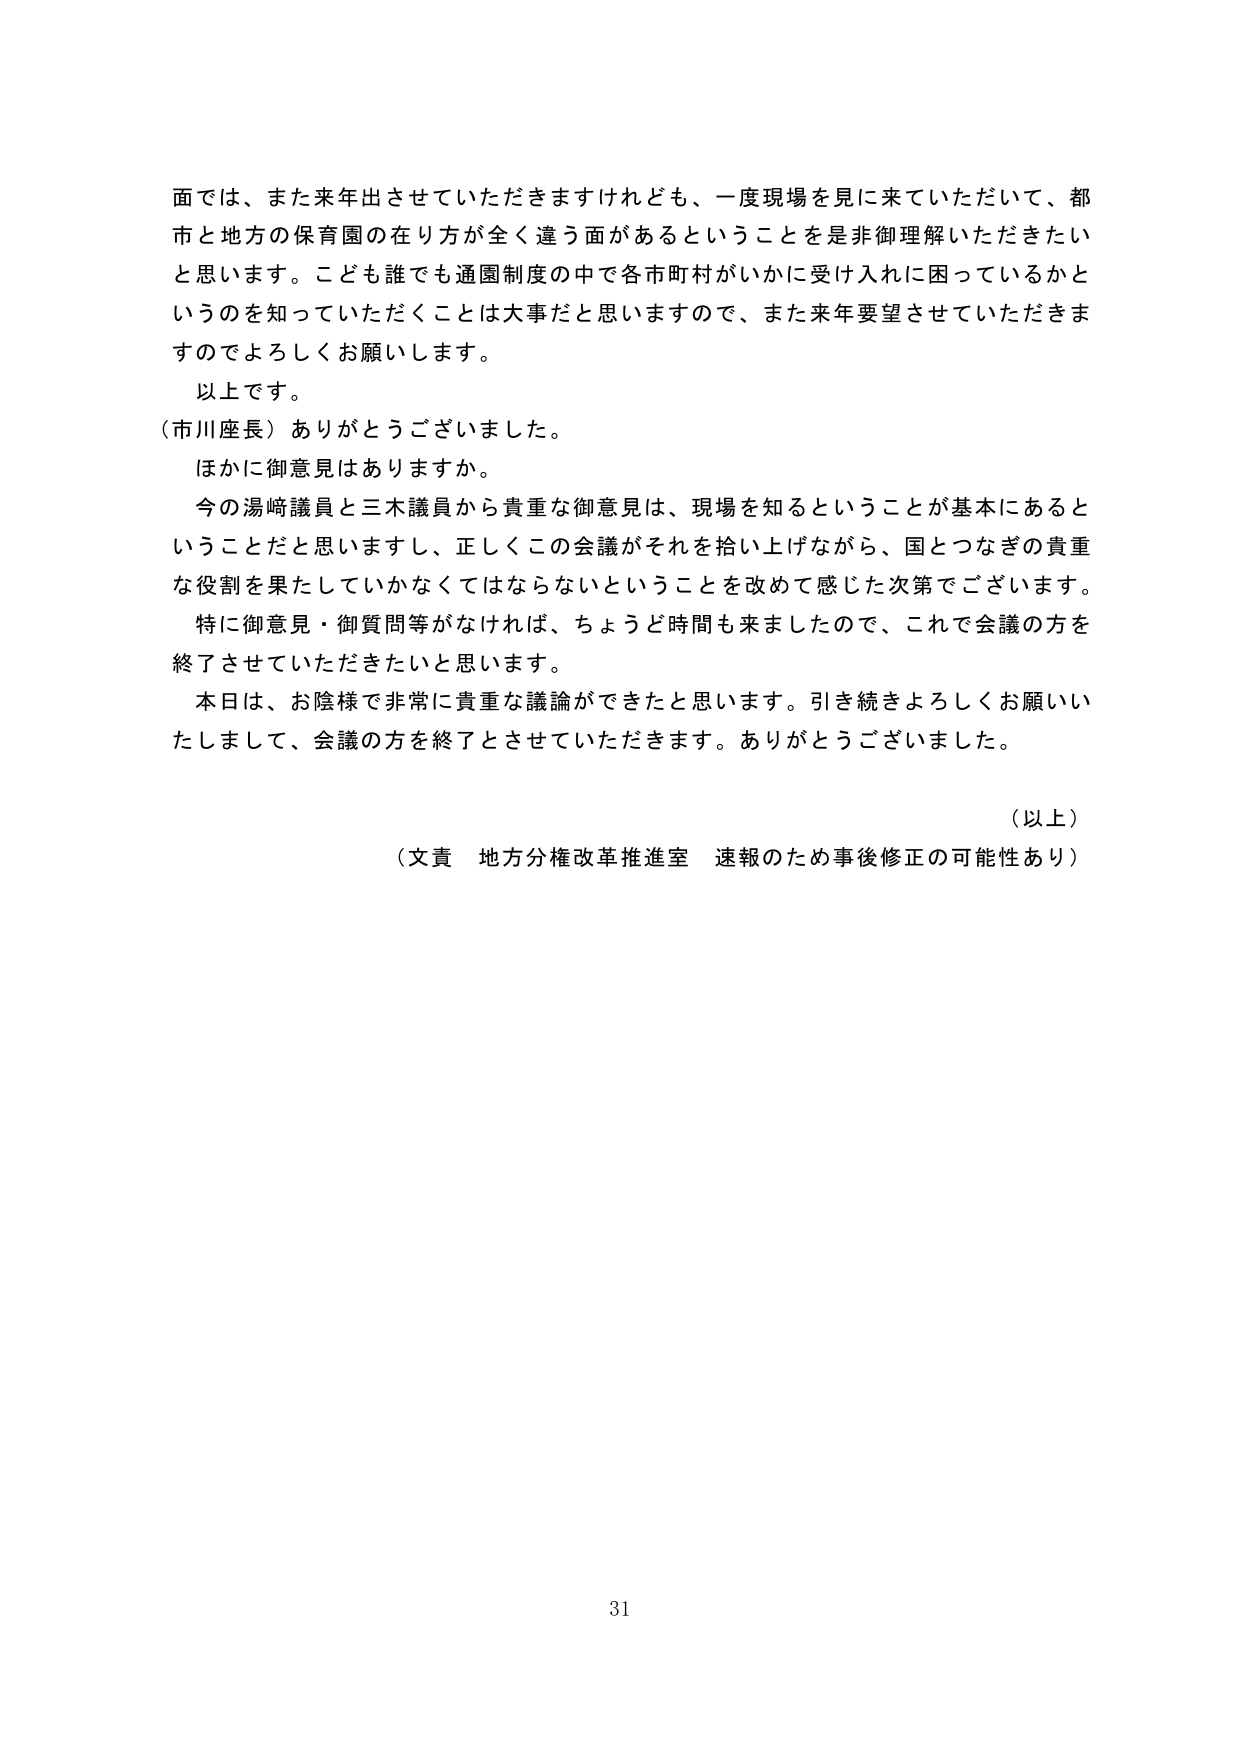
面では、また来年出させていただきますけれども、一度現場を見に来ていただいて、都市と地方の保育園の在り方が全く違う面があるということを是非御理解いただきたいと思います。こども誰でも通園制度の中で各市町村がいかに受け入れに困っているかというのを知っていただくことは大事だと思いますので、また来年要望させていただきますのでよろしくお願いします。

以上です。

（市川座長）ありがとうございました。

ほかに御意見はありますか。

今の湯崎議員と三木議員から貴重な御意見は、現場を知るということが基本にあるということだと思いますし、正しくこの会議がそれを拾い上げながら、国とつなぎの貴重な役割を果たしていかなくてはならないということを改めて感じた次第でございます。

特に御意見・御質問等がなければ、ちょうど時間も来ましたので、これで会議の方を終了させていただきたいと思います。

本日は、お陰様で非常に貴重な議論ができたと思います。引き続きよろしくお願いいたしまして、会議の方を終了とさせていただきます。ありがとうございました。

（以上）

（文責 地方分権改革推進室 速報のため事後修正の可能性あり）

31